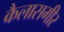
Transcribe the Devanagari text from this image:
कैलासगीर